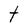
Character: t